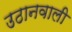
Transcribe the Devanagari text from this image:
उठानवाली